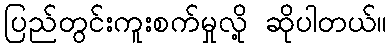
ပြည်တွင်းကူးစက်မှုလို့ ဆိုပါတယ်။